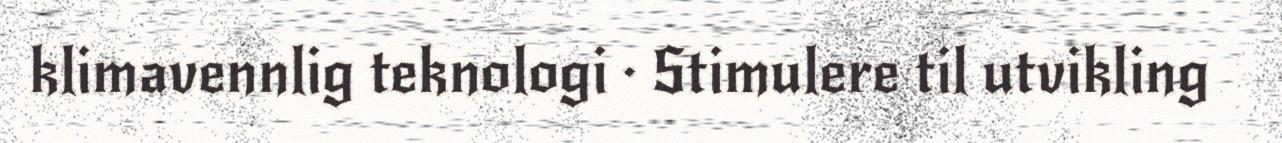
klimavennlig teknologi · Stimulere til utvikling